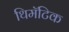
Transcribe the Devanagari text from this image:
थिमॅटिक